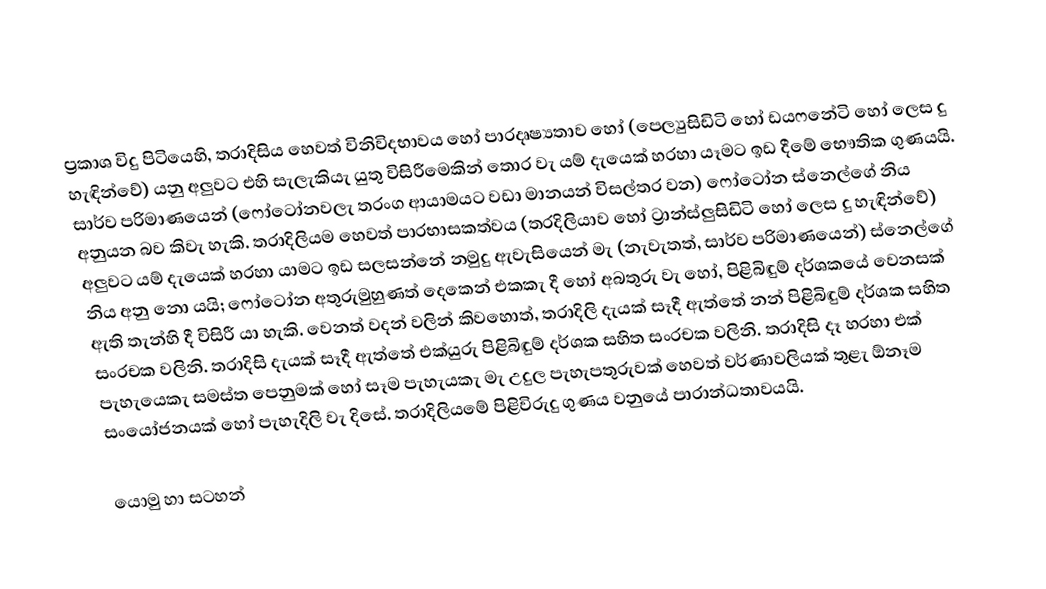
ප්‍රකාශ විදු පිටියෙහි, තරාදිසිය හෙවත් විනිවිදභාවය හෝ පාරදෘෂ්‍යතාව හෝ (පෙල්‍යුසිඩිටි හෝ ඩයෆනේටි හෝ ලෙස දු හැඳින්වේ) යනු අලුවට එහි සැලැකියැ යුතු විසිරීමෙකින් තොර වැ යම් දැයෙක් හරහා යෑමට ඉඩ දීමේ භෞතික ගුණයයි. සාර්ව පරිමාණයෙන් (ෆෝටෝනවලැ තරංග ආයාමයට වඩා මානයන් විසල්තර වන) ෆෝටෝන ස්නෙල්ගේ නිය අනුයන බව කිවැ හැකි. තරාදිලියම හෙවත් පාරභාසකත්වය (තරදිලියාව හෝ ට්‍රාන්ස්ලුසිඩිටි හෝ ලෙස දු හැඳින්වේ) අලුවට යම් දැයෙක් හරහා යාමට ඉඩ සලසන්නේ නමුදු ඇවැසියෙන් මැ (නැවැතත්, සාර්ව පරිමාණයෙන්) ස්නෙල්ගේ නිය අනු නො යයි; ෆෝටෝන අතුරුමුහුණත් දෙකෙන් එකකැ දී හෝ අබතුරු වැ හෝ, පිළිබිඳුම් දර්ශකයේ වෙනසක් ඇති තැන්හි දී විසිරී යා හැකි. වෙනත් වදන් වලින් කිවහොත්, තරාදිලි දැයක් සෑදී ඇත්තේ නන් පිළිබිඳුම් දර්ශක සහිත සංරචක වලිනි. තරාදිසි දැයක් සෑදී ඇත්තේ එක්යුරු පිළිබිඳුම් දර්ශක සහිත සංරචක වලිනි. තරාදිසි දෑ හරහා එක් පැහැයෙකැ සමස්ත පෙනුමක් හෝ සෑම පැහැයකැ මැ උදුල පැහැපතුරුවක් හෙවත් වර්ණාවලියක් තුළැ ඕනෑම සංයෝජනයක් හෝ පැහැදිලි වැ දිසේ. තරාදිලියමේ පිළිවිරුදු ගුණය වනුයේ පාරාන්ධතාවයයි.

යොමු හා සටහන්